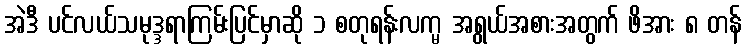
အဲဒီ ပင်လယ်သမုဒ္ဒရာကြမ်းပြင်မှာဆို ၁ စတုရန်းလက္မ အရွယ်အစားအတွက် ဖိအား ၈ တန်